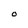
Character: O